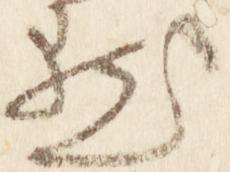
点